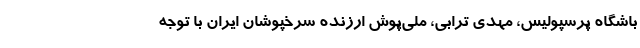
باشگاه پرسپولیس، مهدی ترابی، ملی‌پوش ارزنده سرخپوشان ایران با توجه